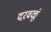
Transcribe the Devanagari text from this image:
दरवळूं